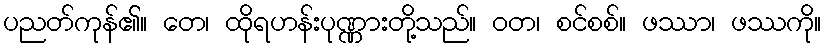
ပညတ်ကုန်၏။ တေ၊ ထိုရဟန်းပုဏ္ဏားတို့သည်။ ဝတ၊ စင်စစ်။ ဖဿာ၊ ဖဿကို။